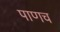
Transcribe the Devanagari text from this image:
पाणच